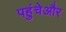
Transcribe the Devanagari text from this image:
पहुंचेऔर